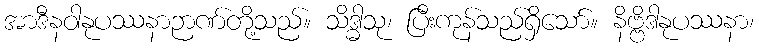
အာဒီနဝါနုပဿနာဉာဏ်တို့သည်။ သိဒ္ဓါသု၊ ပြီးကုန်သည်ရှိသော်။ နိဗ္ဗိဒါနုပဿနာ၊